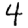
Digit: 4